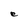
Character: e